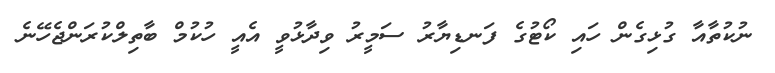
ނުކުތާއާ ގުޅިގެން ހައި ކޯޓުގެ ފަނޑިޔާރު ސަމީރު ވިދާޅުވީ އެއީ ހުކުމް ބާތިލްކުރަންޖެހޭނެ